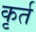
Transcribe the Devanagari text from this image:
कृर्त